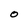
Character: 0